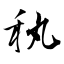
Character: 秇